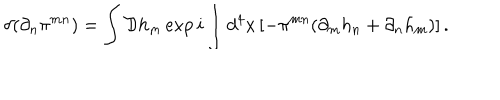
\delta ( \partial _ { n } \pi ^ { m n } ) = \int { \cal D } h _ { m } \exp i \int d ^ { 4 } x \left[ - \pi ^ { m n } ( \partial _ { m } h _ { n } + \partial _ { n } h _ { m } ) \right] .